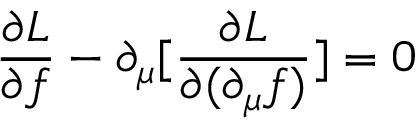
\frac { \partial { \cal L } } { \partial f } - \partial _ { \mu } [ \frac { \partial { \cal L } } { \partial ( \partial _ { \mu } f ) } ] = 0